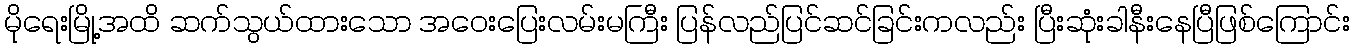
မိုရေးမြို့အထိ ဆက်သွယ်ထားသော အဝေးပြေးလမ်းမကြီး ပြန်လည်ပြင်ဆင်ခြင်းကလည်း ပြီးဆုံးခါနီးနေပြီဖြစ်ကြောင်း